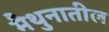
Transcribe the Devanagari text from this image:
मैथुनातील